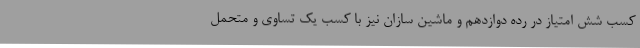
کسب شش امتیاز در رده دوازدهم و ماشین سازان نیز با کسب یک تساوی و متحمل